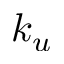
k _ { u }